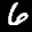
Label: 6